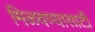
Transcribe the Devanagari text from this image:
मिळवण्यासाटी